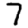
Digit: 7